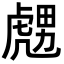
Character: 𧇙